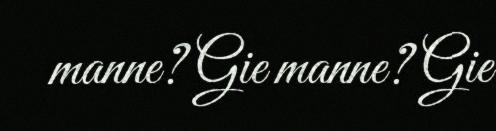
manne? Gie manne? Gie